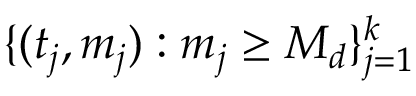
\{ ( t _ { j } , m _ { j } ) : m _ { j } \geq M _ { d } \} _ { j = 1 } ^ { k }